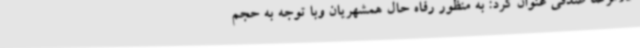
غلامرضا صدفی عنوان کرد: به منظور رفاه حال همشهریان وبا توجه به حجم